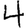
Digit: 4